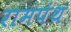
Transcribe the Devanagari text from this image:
रामपंथ